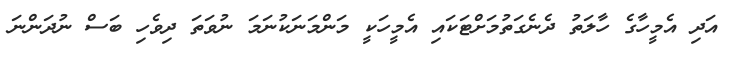
އަދި އެމީހާގެ ހާލަތު ދެނެގަތުމަށްޓަކައި އެމީހަކީ މަންމަނަކުނަމަ ނުވަތަ ދިވެހި ބަސް ނުދަންނަ